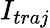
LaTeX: I_{traj}